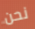
نحن